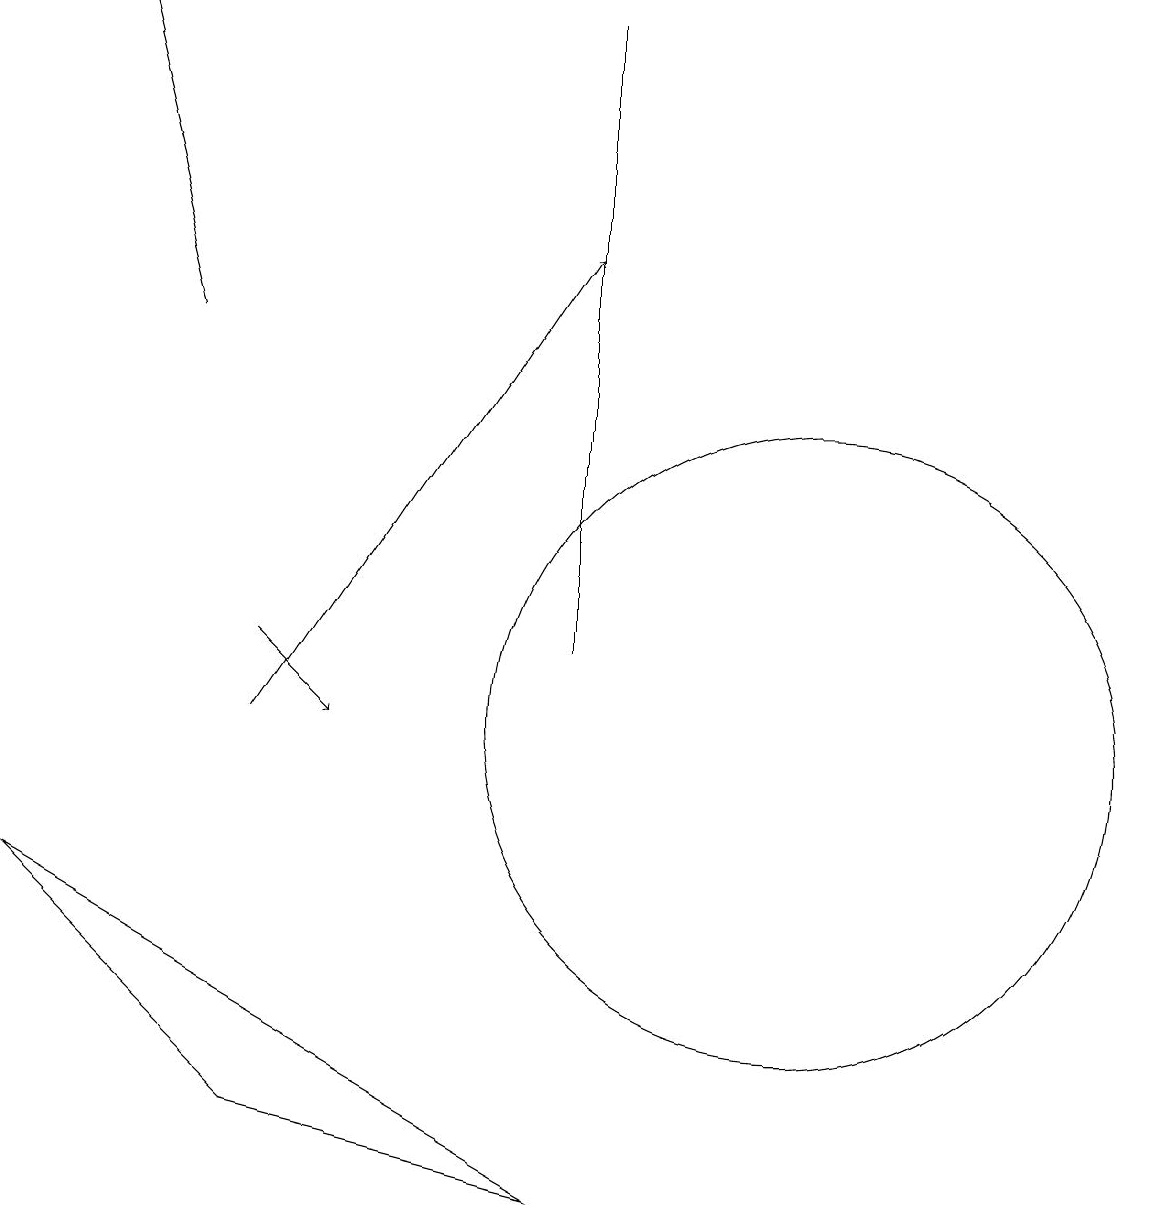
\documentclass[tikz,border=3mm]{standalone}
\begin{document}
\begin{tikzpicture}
\draw[->] (5,10) -- (9,16);
\draw[->] (5,11) -- (6,10);
\draw (2,8) -- (5,5) -- (9,4) -- cycle;
\draw[->] (4,15) -- (3,19);
\draw (12,10) circle (4);
\draw (9,11) rectangle (9,19);
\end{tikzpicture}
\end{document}